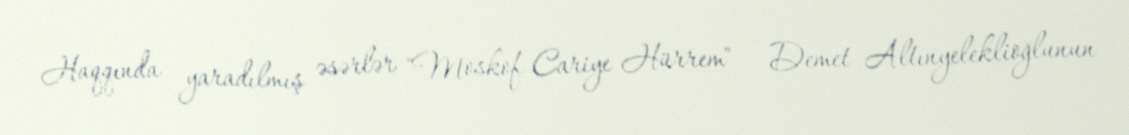
Haqqında yaradılmış əsərlər "Moskof Cariye Hürrem" — Demet Altınyeleklioğlunun